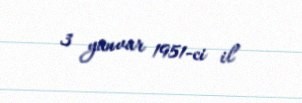
3 yanvar 1951-ci il